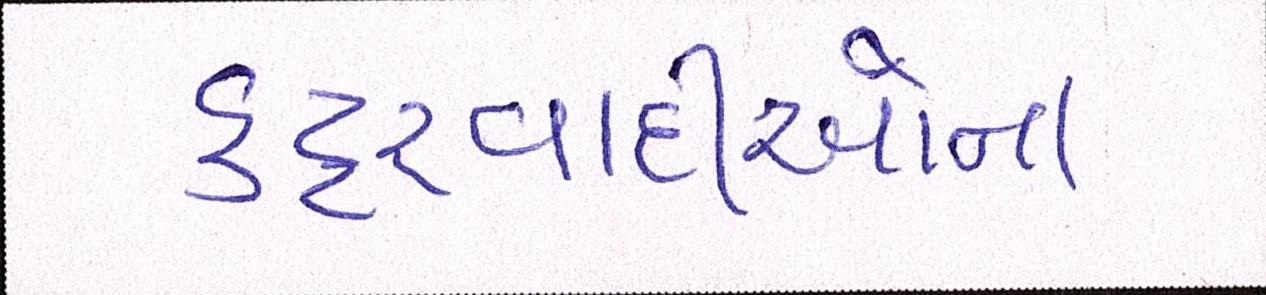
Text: કટ્ટરવાદીઓના